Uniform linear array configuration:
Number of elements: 16
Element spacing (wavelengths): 0.25
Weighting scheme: hann
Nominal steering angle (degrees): -30
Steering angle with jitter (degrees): -29.285
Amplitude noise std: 0.05
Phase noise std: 0.05

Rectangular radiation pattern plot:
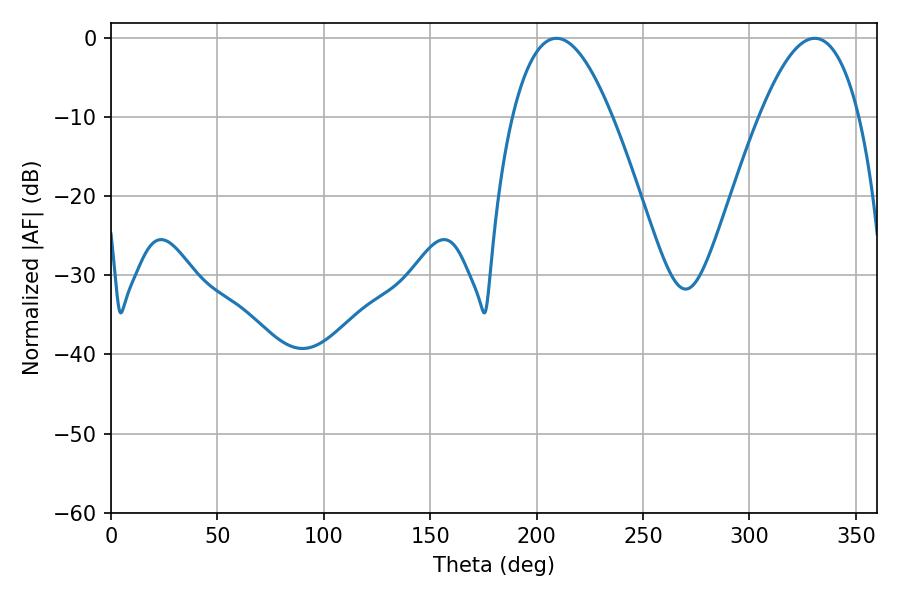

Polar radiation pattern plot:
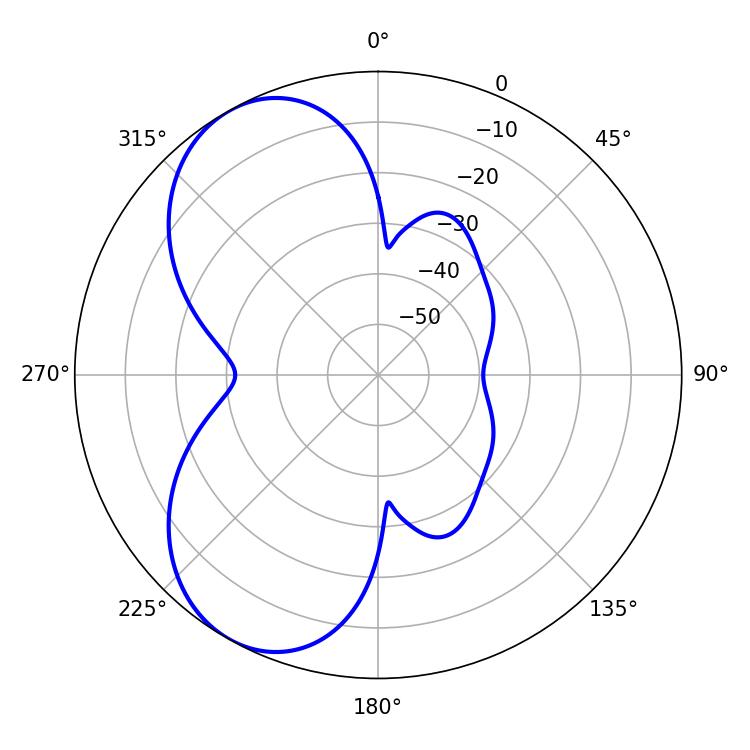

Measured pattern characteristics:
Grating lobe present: FALSE
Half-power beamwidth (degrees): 25.74
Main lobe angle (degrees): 209.34